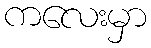
ကလေးမှာ